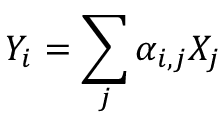
Y _ { i } = \sum _ { j } \alpha _ { i , j } X _ { j }